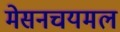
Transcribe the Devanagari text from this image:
मेसनचयमल